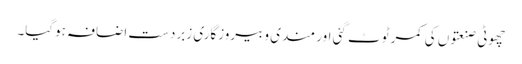
چھوٹی صنعتوں کی کمر ٹوٹ گئی اور مندی و بیروزگاری زبردست اضافہ ہوگیا۔